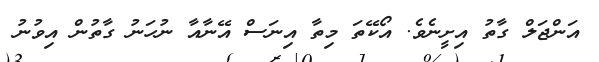
އަންޖަލް ގާތު އިށީނެވެ. އޯކޭތަ މިތާ އިނަސް އޭނާއާ ނުހަނު ގާތުން އިވުނު